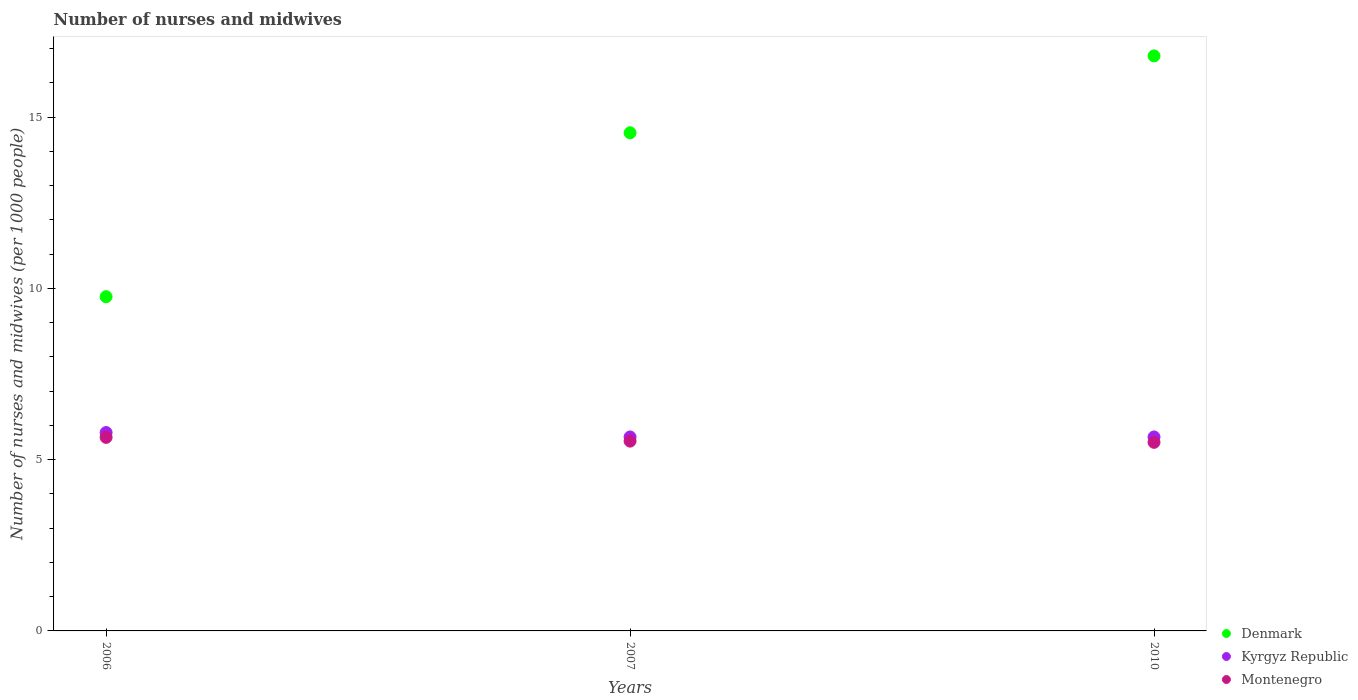
| Years | Denmark | Kyrgyz Republic | Montenegro |
 | --- | --- | --- | --- |
 | 2006 | 9.76 | 5.79 | 5.65 |
 | 2007 | 14.5 | 5.66 | 5.54 |
 | 2010 | 16.8 | 5.66 | 5.5 |